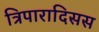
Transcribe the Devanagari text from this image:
त्रिपारादिसस